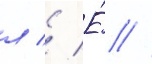
л // Е́ //